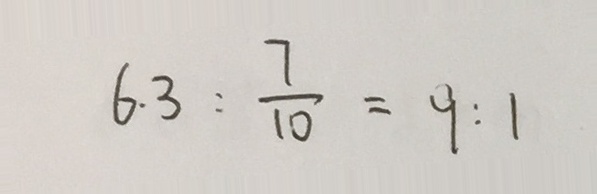
6 . 3 : \frac { 7 } { 1 0 } = 9 : 1